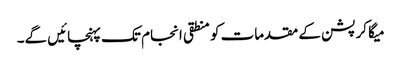
میگا کرپشن کے مقدمات کو منطقی انجام تک پہنچائیں گے۔